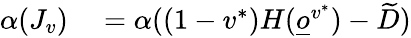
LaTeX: \begin{array}{rl}{\alpha(J_{v})}&{{}=\alpha((1-v^{*})H(\underline{o}^{v^{*}})-\widetilde D)}\end{array}